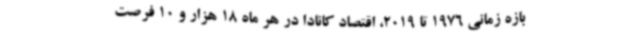
بازه زمانی 1976 تا 2019، اقتصاد کانادا در هر ماه 18 هزار و 10 فرصت